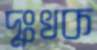
দুঃখক